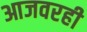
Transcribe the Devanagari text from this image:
आजवरही